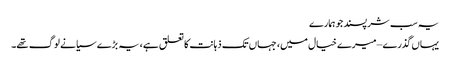
یہ سب شرپسند جو ہمارے
یہاں گذرے – میرے خیال میں، جہاں تک ذہانت کا تعلق ہے، یہ بڑے سیانے لوگ تھے۔